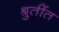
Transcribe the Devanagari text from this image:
श्रुतींत